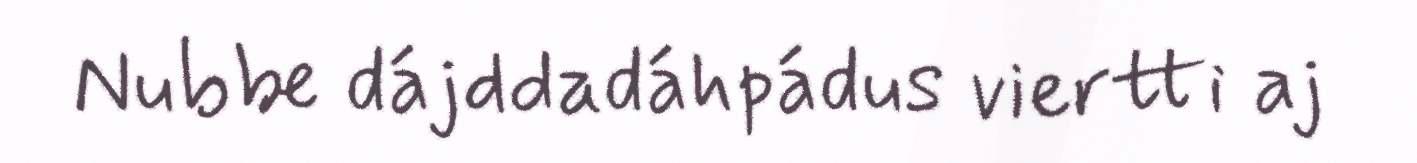
Nubbe dájddadáhpádus viertti aj